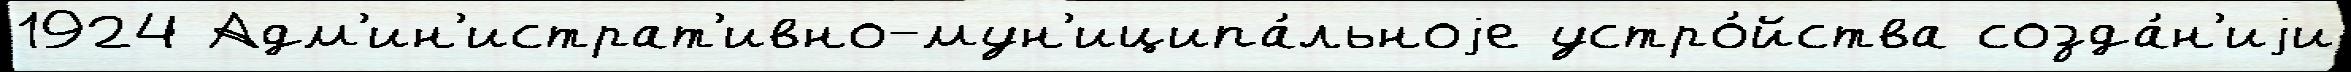
1924 Адм'ин'истрат'ивно-мун'иципа́льноjе устро́йства созда́н'иjи